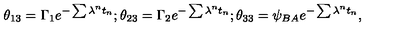
\theta _ { 1 3 } = \Gamma _ { 1 } e ^ { - \sum \lambda ^ { n } t _ { n } } ; \theta _ { 2 3 } = \Gamma _ { 2 } e ^ { - \sum \lambda ^ { n } t _ { n } } ; \theta _ { 3 3 } = \psi _ { B A } e ^ { - \sum \lambda ^ { n } t _ { n } } ,